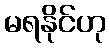
မရနိုင်ဟု